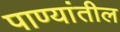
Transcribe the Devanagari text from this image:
पाण्यांतील